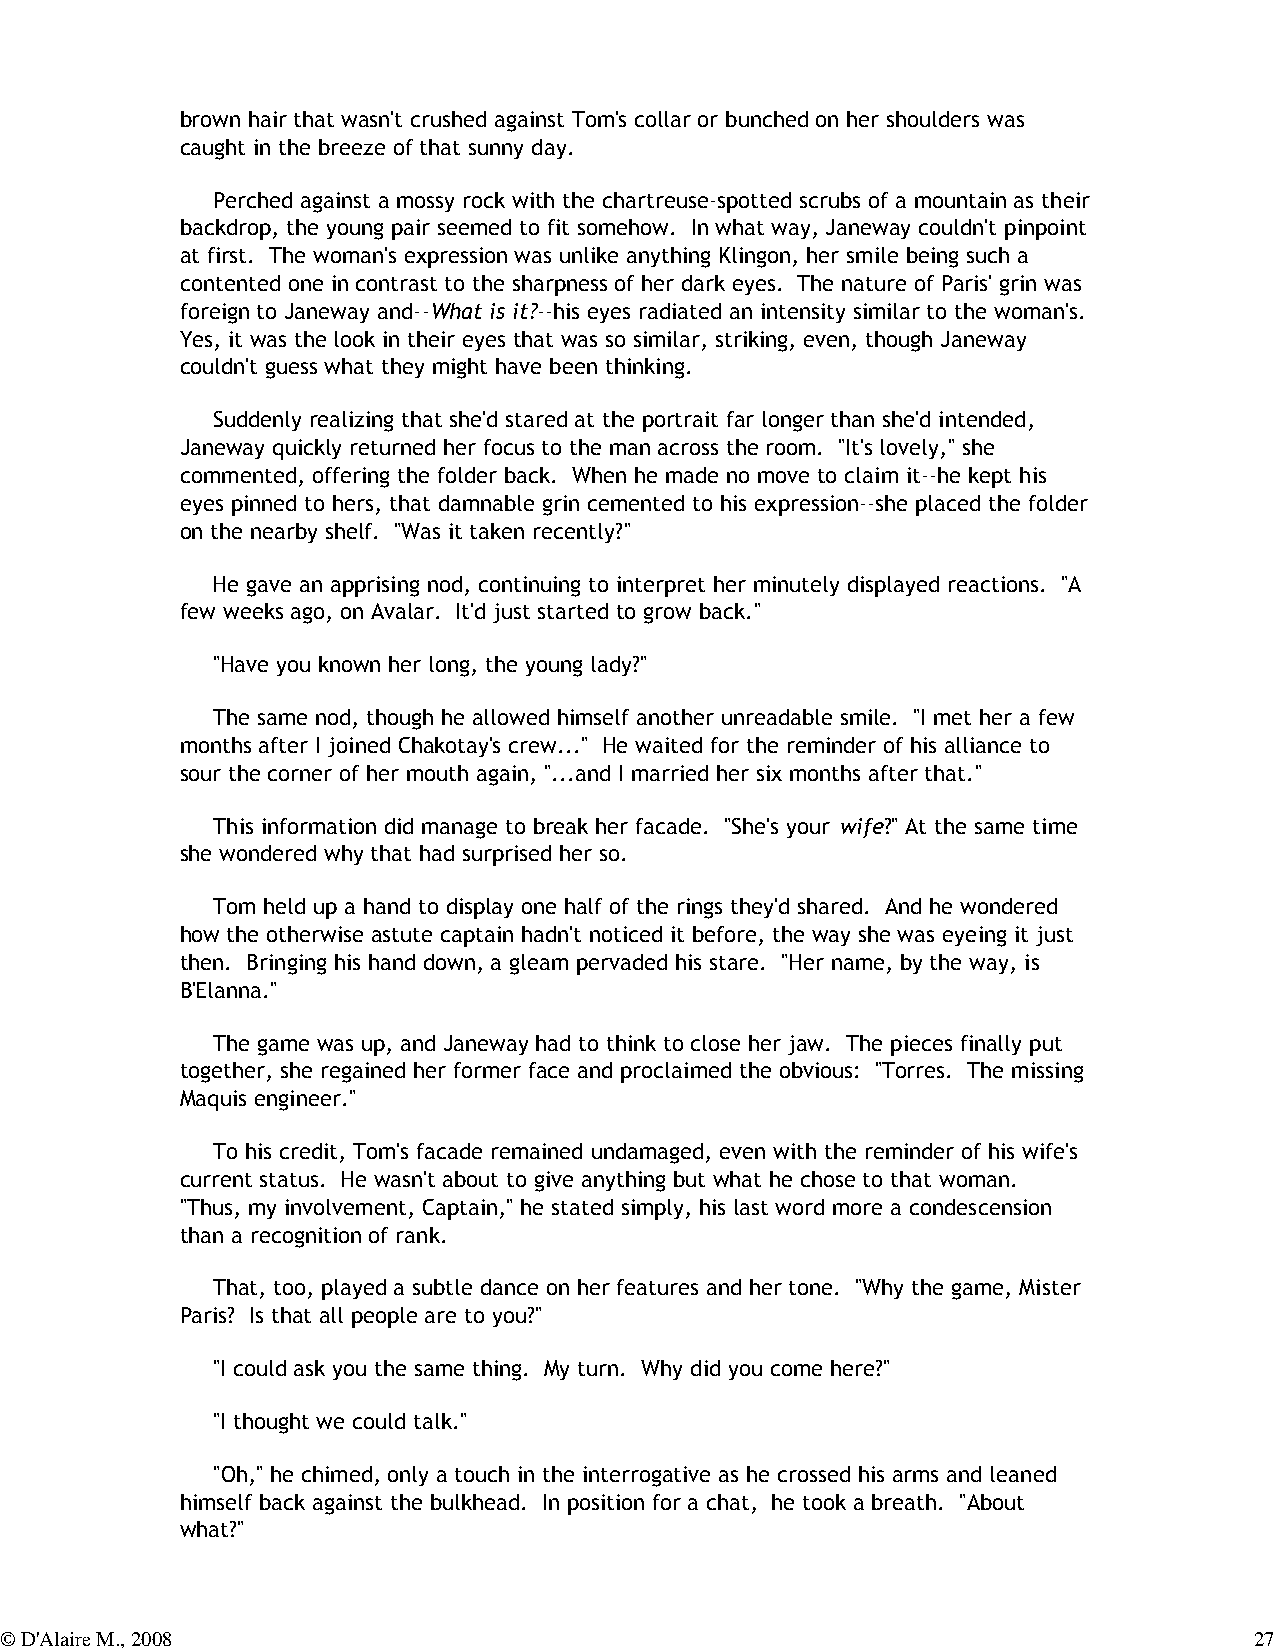
brown hair that wasn't crushed against Tom's collar or bunched on her shoulders was
 caught in the breeze of that sunny day.
 Perched against a mossy rock with the chartreuse-spotted scrubs of a mountain as their
 backdrop, the young pair seemed to fit somehow. In what way, Janeway couldn't pinpoint
 at first. The woman's expression was unlike anything Klingon, her smile being such a
 contented one in contrast to the sharpness of her dark eyes. The nature of Paris' grin was
 foreign to Janeway and--What is it?--his eyes radiated an intensity similar to the woman's.
 Yes, it was the look in their eyes that was so similar, striking, even, though Janeway
 couldn't guess what they might have been thinking.
 Suddenly realizing that she'd stared at the portrait far longer than she'd intended,
 Janeway quickly returned her focus to the man across the room. "It's lovely," she
 commented, offering the folder back. When he made no move to claim it--he kept his
 eyes pinned to hers, that damnable grin cemented to his expression--she placed the folder
 on the nearby shelf. "Was it taken recently?"
 He gave an apprising nod, continuing to interpret her minutely displayed reactions. "A
 few weeks ago, on Avalar. It'd just started to grow back."
 "Have you known her long, the young lady?"
 The same nod, though he allowed himself another unreadable smile. "I met her a few
 months after I joined Chakotay's crew..." He waited for the reminder of his alliance to
 sour the corner of her mouth again, "...and I married her six months after that."
 This information did manage to break her facade. "She's your wife?" At the same time
 she wondered why that had surprised her so.
 Tom held up a hand to display one half of the rings they'd shared. And he wondered
 how the otherwise astute captain hadn't noticed it before, the way she was eyeing it just
 then. Bringing his hand down, a gleam pervaded his stare. "Her name, by the way, is
 B'Elanna."
 The game was up, and Janeway had to think to close her jaw. The pieces finally put
 together, she regained her former face and proclaimed the obvious: "Torres. The missing
 Maquis engineer."
 To his credit, Tom's facade remained undamaged, even with the reminder of his wife's
 current status. He wasn't about to give anything but what he chose to that woman.
 "Thus, my involvement, Captain," he stated simply, his last word more a condescension
 than a recognition of rank.
 That, too, played a subtle dance on her features and her tone. "Why the game, Mister
 Paris? Is that all people are to you?"
 "I could ask you the same thing. My turn. Why did you come here?"
 "I thought we could talk."
 "Oh," he chimed, only a touch in the interrogative as he crossed his arms and leaned
 himself back against the bulkhead. In position for a chat, he took a breath. "About
 what?"
 © D'Alaire M., 2008                                                                27